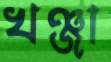
খঞ্জা